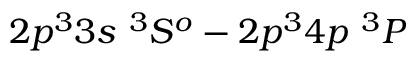
2 p ^ { 3 } 3 s ~ ^ { 3 } S ^ { o } - 2 p ^ { 3 } 4 p ~ ^ { 3 } P